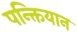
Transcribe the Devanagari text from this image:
पन्क्तियान